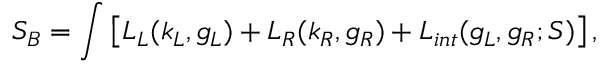
S _ { B } = \int \left[ L _ { L } ( k _ { L } , g _ { L } ) + L _ { R } ( k _ { R } , g _ { R } ) + L _ { i n t } ( g _ { L } , g _ { R } ; S ) \right] ,